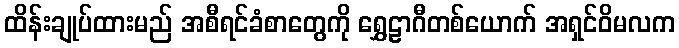
ထိန်းချုပ်ထားမည် အစီရင်ခံစာတွေကို ရွှေဠာဂီတစ်ယောက် အရှင်ဝိမလက